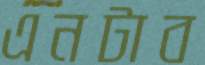
এনটাব